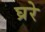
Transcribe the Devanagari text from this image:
घ्ररे